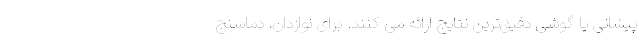
پیشانی یا گوشی دقیق‌ترین نتایج ارائه می کنند. برای نوازدان، دماسنج